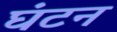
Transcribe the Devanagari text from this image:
घंटन